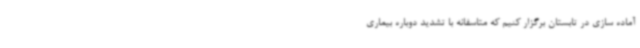
آماده سازی در تابستان برگزار کنیم که متاسفانه با تشدید دوباره بیماری